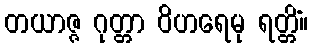
တယာဇ္ဇ ဂုတ္တာ ဝိဟရေမု ရတ္တိံ။